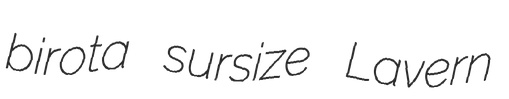
birota sursize Lavern